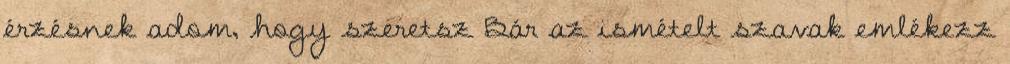
érzésnek adom, hogy szeretsz Bár az ismételt szavak emlékezz